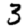
Digit: 3